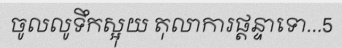
ចូលលូទឹកស្អុយ តុលាការផ្តន្ទាទោ...5